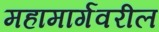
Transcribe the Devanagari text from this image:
महामार्गवरील